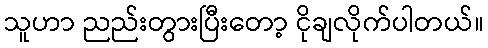
သူဟာ ညည်းတွားပြီးတော့ ငိုချလိုက်ပါတယ်။